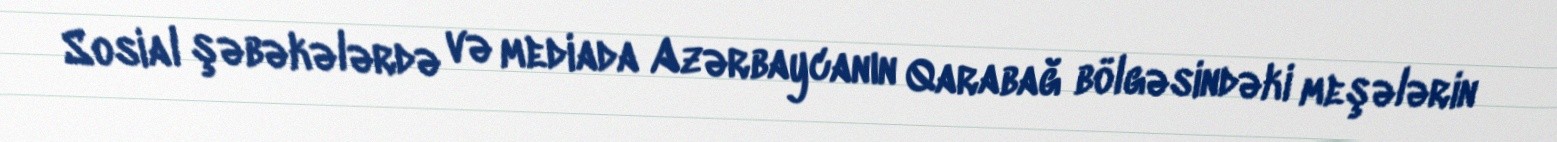
Sosial şəbəkələrdə və mediada Azərbaycanın Qarabağ bölgəsindəki meşələrin